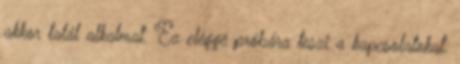
akkor talál alkalmat. Ez eléggé próbára teszi a kapcsolatokat.